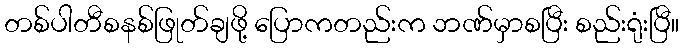
တစ်ပါတီစနစ်ဖြုတ်ချဖို့ ပြောကတည်းက ဘဏ်မှာစပြီး စည်းရုံးပြီ။